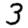
Digit: 3